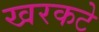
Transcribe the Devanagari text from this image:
खरकटे